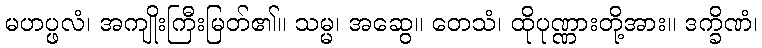
မဟပ္ဖလံ၊ အကျိုးကြီးမြတ်၏။ သမ္မ၊ အဆွေ။ တေသံ၊ ထိုပုဏ္ဏားတို့အား။ ဒက္ခိဏံ၊